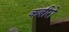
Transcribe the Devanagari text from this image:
कबीरो